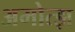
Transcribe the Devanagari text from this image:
अमोत्झ